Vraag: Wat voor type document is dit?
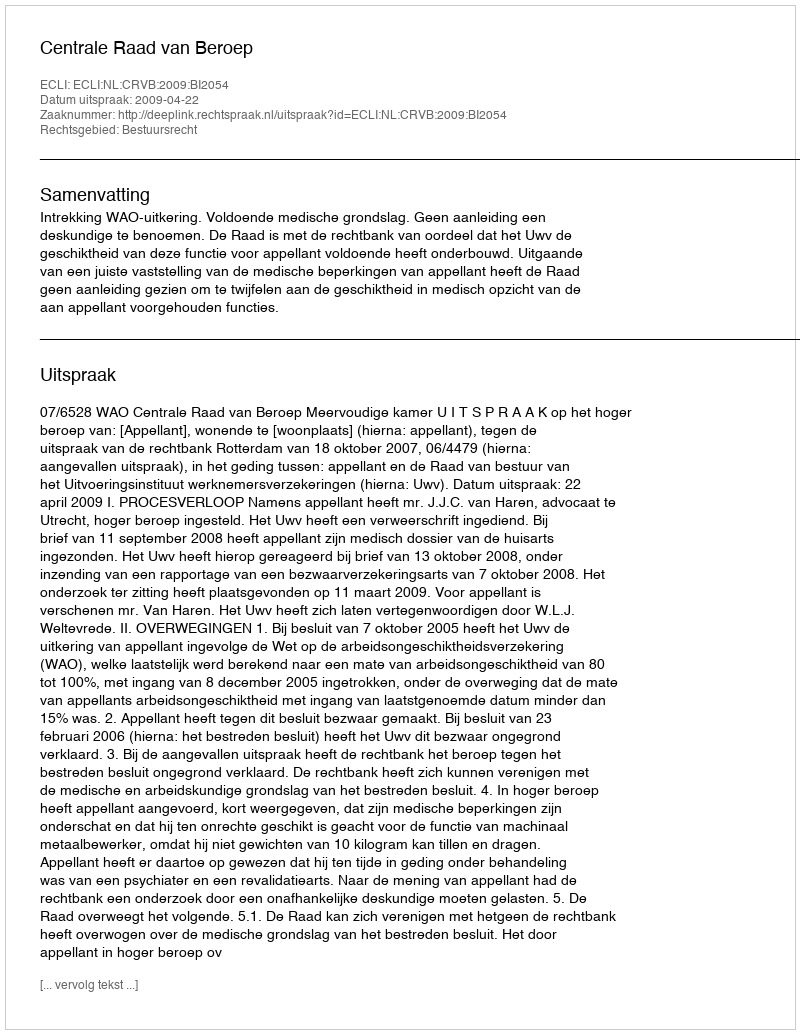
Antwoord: Uitspraak